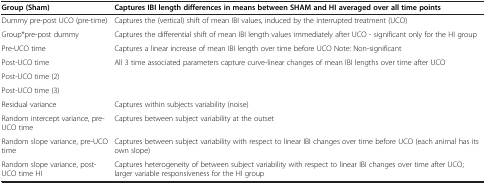
<table><thead><tr><td><b>Group (Sham)</b></td><td><b>Captures IBI length differences in means between SHAM and HI averaged over all time points</b></td></tr></thead><tbody><tr><td>Dummy pre-post UCO (pre-time)</td><td>Captures the (vertical) shift of mean IBI values, induced by the interrupted treatment (UCO)</td></tr><tr><td>Group*pre-post dummy</td><td>Captures the differential shift of mean IBI length values immediately after UCO - significant only for the HI group</td></tr><tr><td>Pre-UCO time</td><td>Captures a linear increase of mean IBI length over time before UCO Note: Non-significant</td></tr><tr><td>Post-UCO time</td><td rowspan="3">All 3 time associated parameters capture curve-linear changes of mean IBI lengths over time after UCO</td></tr><tr><td>Post-UCO time (2)</td></tr><tr><td>Post-UCO time (3)</td></tr><tr><td>Residual variance</td><td>Captures within subjects variability (noise)</td></tr><tr><td>Random intercept variance, pre-UCO time</td><td>Captures between subject variability at the outset</td></tr><tr><td>Random slope variance, pre-UCO time</td><td>Captures between subject variability with respect to linear IBI changes over time before UCO (each animal has its own slope)</td></tr><tr><td>Random slope variance, post-UCO time HI</td><td>Captures heterogeneity of between subject variability with respect to linear IBI changes over time after UCO; larger variable responsiveness for the HI group</td></tr></tbody></table>